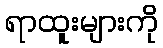
ရာထူးများကို